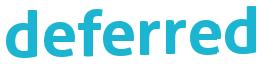
deferred